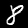
Label: 8